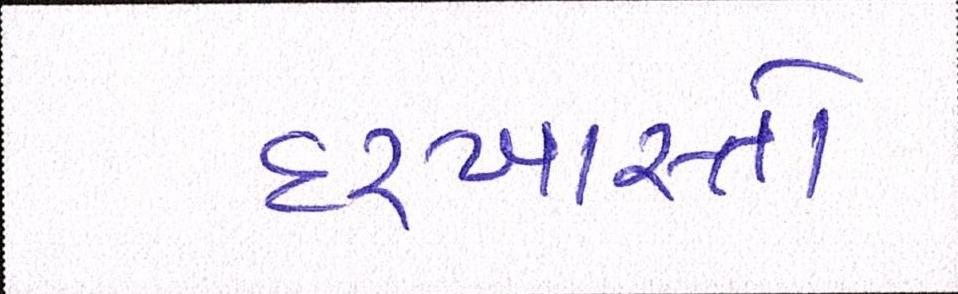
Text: દરખાસ્તો